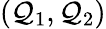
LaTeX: (\mathcal{Q}_{1},\mathcal{Q}_{2})